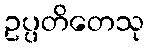
ဥပ္ပတိတေသု